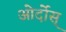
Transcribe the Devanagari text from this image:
ओर्दोस्